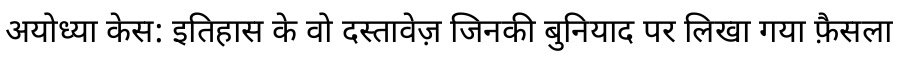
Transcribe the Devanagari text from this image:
अयोध्या केस: इतिहास के वो दस्तावेज़ जिनकी बुनियाद पर लिखा गया फ़ैसला